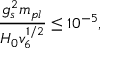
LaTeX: \frac { g _ { s } ^ { 2 } m _ { p l } } { H _ { 0 } v _ { 6 } ^ { 1 / 2 } } \leq 1 0 ^ { - 5 } ,